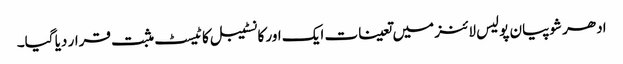
ادھر شوپیان پولیس لائنز میں تعینات ایک اور کانسٹیبل کا ٹیسٹ مثبت قرار دیا گیا۔